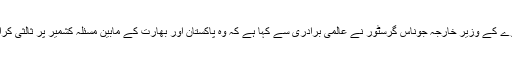
ناروے کے وزیر خارجہ جوناس گرسٹور نے عالمی برادری سے کہا ہے کہ وہ پاکستان اور بھارت کے مابین مسئلہ کشمیر پر ثالثی کرائے۔